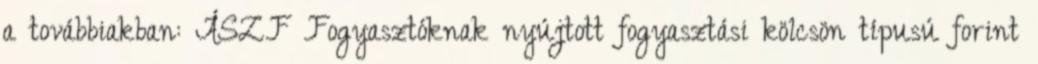
a továbbiakban: ÁSZF Fogyasztóknak nyújtott fogyasztási kölcsön típusú forint